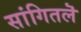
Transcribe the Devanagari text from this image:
सांगितलॆ